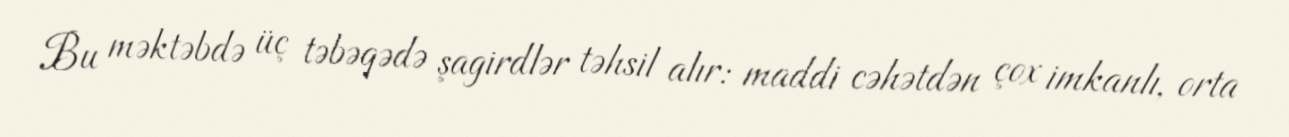
Bu məktəbdə üç təbəqədə şagirdlər təhsil alır: maddi cəhətdən çox imkanlı, orta